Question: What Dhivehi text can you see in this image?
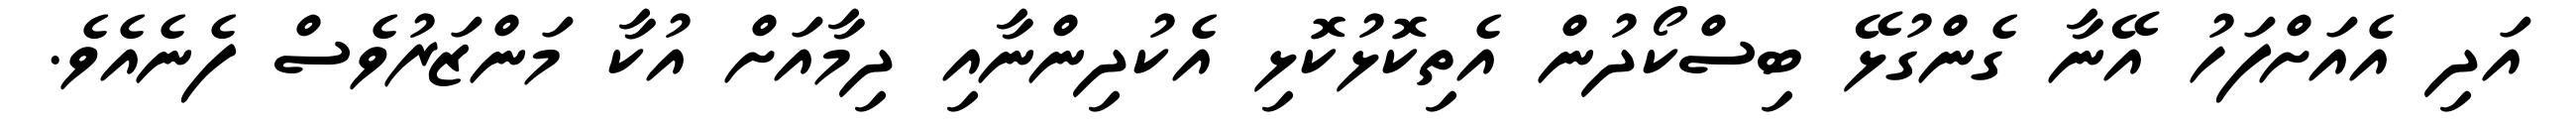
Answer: އަދި އެއަށްފަހު އޭނާ ގެންގުޅޭ ބިސްކޯދުން އެތިކޮޅުކޮޅި އެކުދިންނާއި ދިމާއަށް އުކާ މަންޒަރުވެސް ފެނެއެވެ.